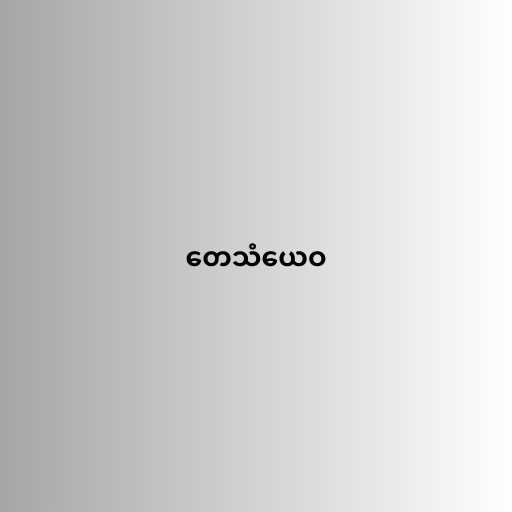
တေသံယေဝ